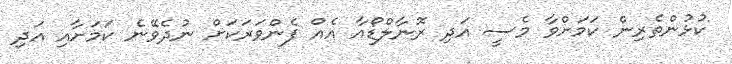
ކުޅުންތެރިން ކަމަށްވާ މެސީ އަދި ރޮނާލްޑޯއާ އެއް ފެންވަރަކަށް ނުދެވޭނެ ކަމަށާއި އަދި